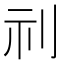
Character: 𮁜